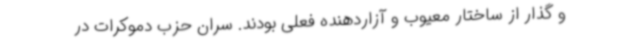
و گذار از ساختار معیوب و آزاردهنده فعلی بودند. سران حزب دموکرات در